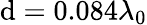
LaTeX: \mathrm{d}=0.084\lambda_{0}